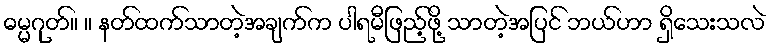
ဓမ္မဂုတ်။ ။ နတ်ထက်သာတဲ့အချက်က ပါရမီဖြည့်ဖို့ သာတဲ့အပြင် ဘယ်ဟာ ရှိသေးသလဲ